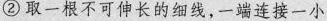
②取一根不可伸长的细线，一端连接一小